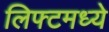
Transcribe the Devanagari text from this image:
लिफ्टमध्ये